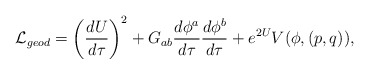
\begin{align*}{\cal L}_{geod}=\left({{dU}\over{d\tau}}\right)^2+G_{ab}{{d\phi^a}\over{d\tau}}{{d\phi^b}\over{d\tau}}+e^{2U}V(\phi,(p,q)),\end{align*}